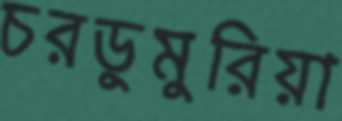
চরডুমুরিয়া